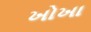
ખોખા